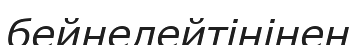
бейнелейтінінен